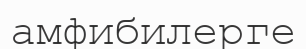
амфибилерге